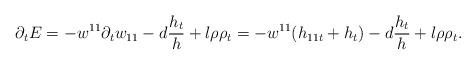
LaTeX: \begin{align*}\partial_{t}E=-w^{11}\partial_{t}w_{11}-d\frac{h_{t}}{h}+l\rho\rho_{t}=-w^{11}(h_{11t}+h_{t})-d\frac{h_{t}}{h}+l\rho\rho_{t}.\end{align*}